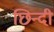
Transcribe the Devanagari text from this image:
छिन्दी